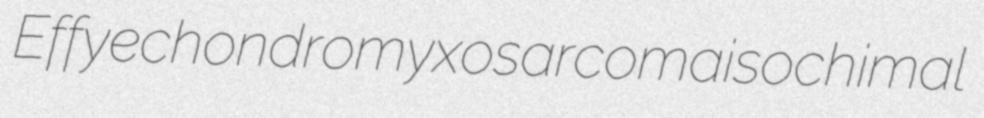
Effye chondromyxosarcoma isochimal